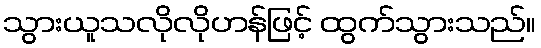
သွားယူသလိုလိုဟန်ဖြင့် ထွက်သွားသည်။